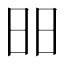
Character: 昍